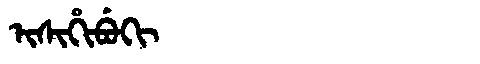
Manchu: ᡳᠰᡳᡥᡳᠪᡠᡴᡳ
Romanization: ISIHIBUKI